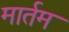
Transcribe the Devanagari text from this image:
मार्तम